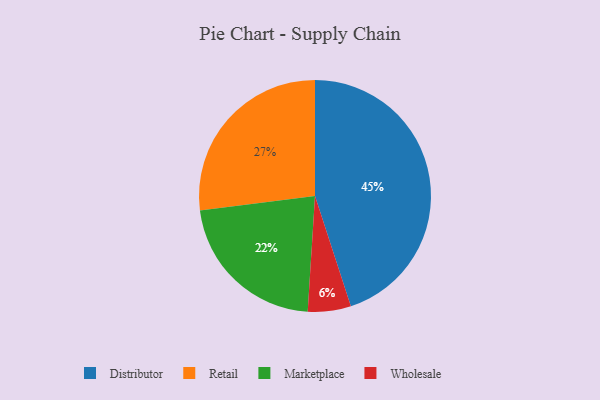
{"axis": {"x": "Category", "y": "Percentage"}, "legend": ["Distributor", "Marketplace", "Retail", "Wholesale"], "data": [{"x": "Marketplace", "y": 22, "type": "Marketplace"}, {"x": "Retail", "y": 27, "type": "Retail"}, {"x": "Wholesale", "y": 6, "type": "Wholesale"}, {"x": "Distributor", "y": 45, "type": "Distributor"}]}